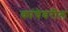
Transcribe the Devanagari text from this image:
कांचेवरील